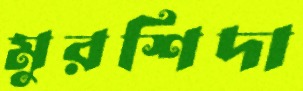
মুরশিদা